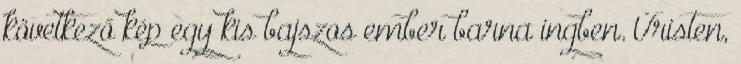
következő kép egy kis bajszos ember barna ingben. Úristen,